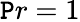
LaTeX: \mathtt{P}r=1